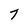
Character: 7